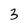
Character: 3